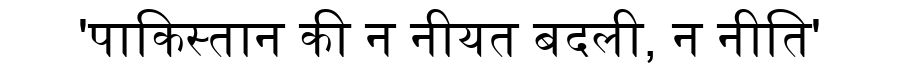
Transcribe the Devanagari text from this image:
'पाकिस्तान की न नीयत बदली, न नीति'